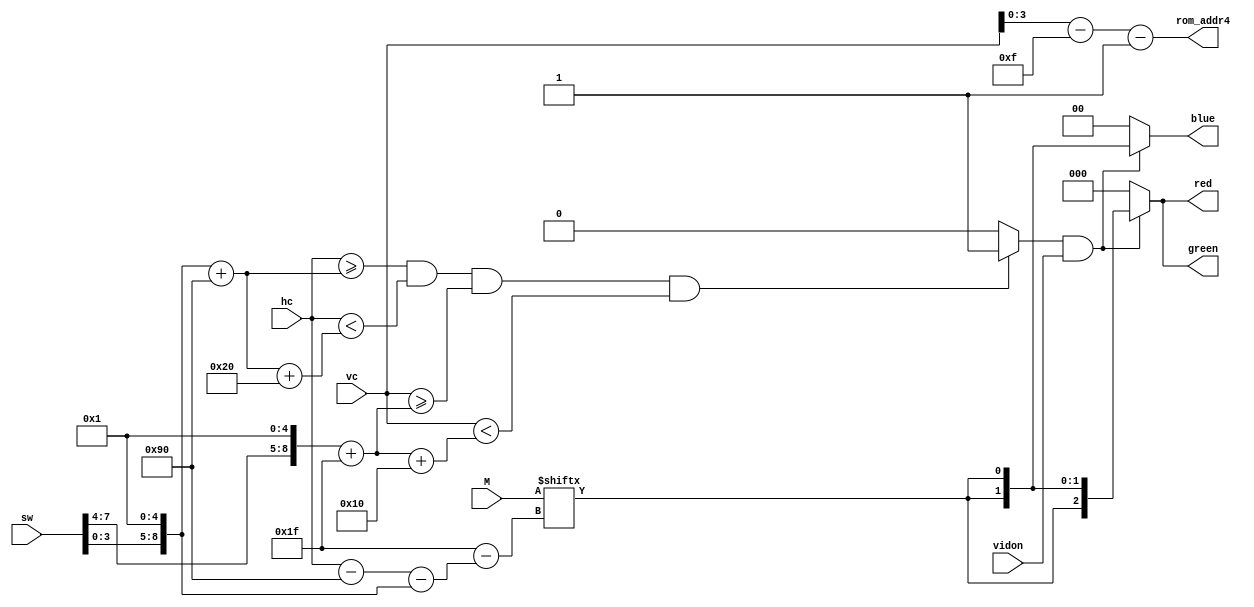
`timescale 1ns / 1ps
//////////////////////////////////////////////////////////////////////////////////
// Company: 
// Engineer: 
// 
// Design Name: 
// Module Name:    vga_initials 
// Project Name: 
// Target Devices: 
// Tool versions: 
// Description: 
//
// Dependencies: 
//
// Revision: 
// Revision 0.01 - File Created
// Additional Comments: 
//
//////////////////////////////////////////////////////////////////////////////////
module vga_initials(

input wire vidon,
input wire [9:0] hc,
input wire [9:0] vc,
input wire [0:31] M,
input wire [7:0] sw,
output wire [3:0] rom_addr4,
output reg [2:0] red,
output reg [2:0] green,
output reg [1:0] blue
    );
	 
parameter hbp = 10'd144;
parameter vbp = 10'd31;
parameter W = 32;
parameter H = 16;
wire [10:0] C1, R1, rom_addr, rom_pix;
reg spriteon, R, G, B;

assign C1 = {2'b00, sw[3:0], 5'b00001};
assign R1 = {2'b00, sw[7:4], 5'b00001};
assign rom_addr = vc - vbp - R1;
assign rom_pix = hc - hbp - C1;
assign rom_addr4 = rom_addr[3:0];

always @(*)
	begin
		if ((hc >= C1 + hbp) && (hc < C1 + hbp + W) && (vc >= R1 + vbp) && (vc < R1 + vbp + H))
			spriteon = 1;
		else
			spriteon = 0;
	end


always @(*)
	begin
		red = 0;
		green = 0;
		blue = 0;
		if ((spriteon == 1) && (vidon == 1))
			begin
				R = M[rom_pix];
				G = M[rom_pix];
				B = M[rom_pix];
				red = {R,R,R};
				green = {G,G,G};
				blue = {B,B};
			end
	end


endmodule